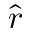
\hat { r }